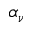
\alpha _ { \nu }